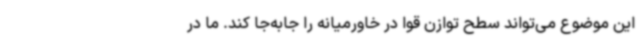
این موضوع می‌تواند سطح توازن قوا در خاورمیانه را جابه‌جا کند. ما در